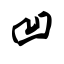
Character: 凹